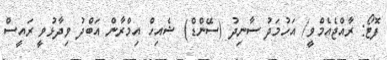
ފޮޓޯ: ރާއްޖެއެމްވީ/ އަހުމަދު ސާނިދު (ސޭންޑް) ޝެއިހް އިމްރާން އަބްދު ވިދާޅުވީ ރައީސް